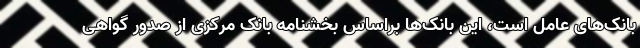
بانک‌های عامل است، این بانک‌ها براساس بخشنامه بانک مرکزی از صدور گواهی